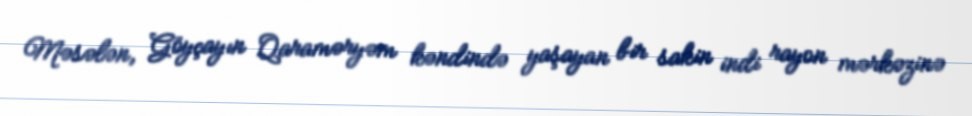
Məsələn, Göyçayın Qaraməryəm kəndində yaşayan bir sakin indi rayon mərkəzinə